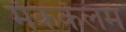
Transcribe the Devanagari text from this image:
मॅककॅलम